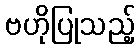
ဗဟိုပြုသည့်